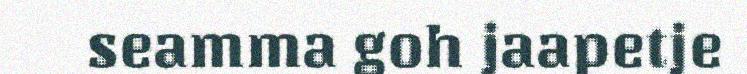
seamma goh jaapetje